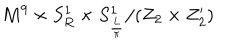
M ^ { 9 } \times S _ { R } ^ { 1 } \times S _ { \frac { L } { \pi } } ^ { 1 } / ( Z _ { 2 } \times Z _ { 2 } ^ { \prime } )